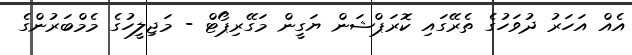
އެއް އަހަރު ދުވަހުގެ ތެރޭގައި ކޮރަޕްޝަން ޔަގީން މަގޭރިޕޯޓް - މަޖިލީހުގެ މެމްބަރުންގެ